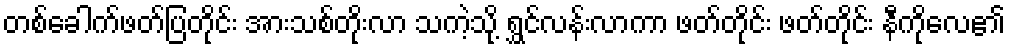
တစ်ခေါက်ဖတ်ပြတိုင်း အားသစ်တိုးလာ သကဲ့သို့ ရွှင်လန်းလာကာ ဖတ်တိုင်း ဖတ်တိုင်း နီကိုလေ၏